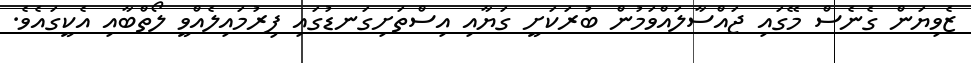
ޒެވިޔަން ގެނެސް މޭގައި ޖައްސާލައްވަމުން ބުރަކަށީ ގަޔާއި އިސްތަށިގަނޑުގައި ފިރުމައިލެއްވީ ލޯތްބާއި އެކީގައެވެ.